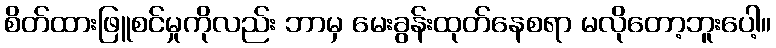
စိတ်ထားဖြူစင်မှုကိုလည်း ဘာမှ မေးခွန်းထုတ်နေစရာ မလိုတော့ဘူးပေါ့။